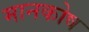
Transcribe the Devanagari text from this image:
मानकोष